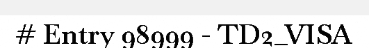
# Entry 98999 - TD2_VISA